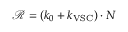
\mathcal { R } = ( k _ { 0 } + k _ { \mathrm { V S C } } ) \cdot N